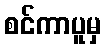
စင်ကာပူမှ